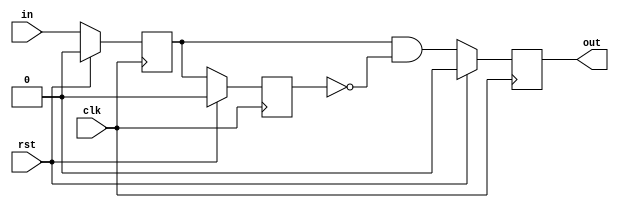
// ***************************************************************************
// ***************************************************************************
// Copyright 2013(c) Analog Devices, Inc.
//
// All rights reserved.
//
// Redistribution and use in source and binary forms, with or without modification,
// are permitted provided that the following conditions are met:
//     - Redistributions of source code must retain the above copyright
//       notice, this list of conditions and the following disclaimer.
//     - Redistributions in binary form must reproduce the above copyright
//       notice, this list of conditions and the following disclaimer in
//       the documentation and/or other materials provided with the
//       distribution.
//     - Neither the name of Analog Devices, Inc. nor the names of its
//       contributors may be used to endorse or promote products derived
//       from this software without specific prior written permission.
//     - The use of this software may or may not infringe the patent rights
//       of one or more patent holders.  This license does not release you
//       from the requirement that you obtain separate licenses from these
//       patent holders to use this software.
//     - Use of the software either in source or binary form, must be run
//       on or directly connected to an Analog Devices Inc. component.
//
// THIS SOFTWARE IS PROVIDED BY ANALOG DEVICES "AS IS" AND ANY EXPRESS OR IMPLIED WARRANTIES,
// INCLUDING, BUT NOT LIMITED TO, NON-INFRINGEMENT, MERCHANTABILITY AND FITNESS FOR A
// PARTICULAR PURPOSE ARE DISCLAIMED.
//
// IN NO EVENT SHALL ANALOG DEVICES BE LIABLE FOR ANY DIRECT, INDIRECT, INCIDENTAL, SPECIAL,
// EXEMPLARY, OR CONSEQUENTIAL DAMAGES (INCLUDING, BUT NOT LIMITED TO, INTELLECTUAL PROPERTY
// RIGHTS, PROCUREMENT OF SUBSTITUTE GOODS OR SERVICES; LOSS OF USE, DATA, OR PROFITS; OR
// BUSINESS INTERRUPTION) HOWEVER CAUSED AND ON ANY THEORY OF LIABILITY, WHETHER IN CONTRACT,
// STRICT LIABILITY, OR TORT (INCLUDING NEGLIGENCE OR OTHERWISE) ARISING IN ANY WAY OUT OF
// THE USE OF THIS SOFTWARE, EVEN IF ADVISED OF THE POSSIBILITY OF SUCH DAMAGE.
// ***************************************************************************
// ***************************************************************************
// ***************************************************************************
// ***************************************************************************

// A simple edge detector circuit

`timescale 1ns/100ps

module ad_edge_detect (

  clk,
  rst,

  in,
  out
);

  parameter   EDGE = 0;

  localparam  POS_EDGE = 0;
  localparam  NEG_EDGE = 1;
  localparam  ANY_EDGE = 2;

  input       clk;
  input       rst;

  input       in;
  output      out;

  reg         ff_m1 = 0;
  reg         ff_m2 = 0;

  reg         out = 0;

  always @(posedge clk) begin
    if (rst == 1) begin
      ff_m1 <= 0;
      ff_m2 <= 0;
    end else begin
      ff_m1 <= in;
      ff_m2 <= ff_m1;
    end
  end

  always @(posedge clk) begin
    if (rst == 1) begin
      out <= 1'b0;
    end else begin
      if (EDGE == POS_EDGE) begin
        out <= ff_m1 & ~ff_m2;
      end else if (EDGE == NEG_EDGE) begin
        out <= ~ff_m1 & ff_m2;
      end else begin
        out <= ff_m1 ^ ff_m2;
      end
    end
  end

endmodule